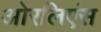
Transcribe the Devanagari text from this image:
ओरलिएंस